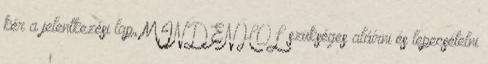
kér a jelentkezési lap, MINDENHOL szükséges aláírni és lepecsételni